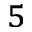
^ 5